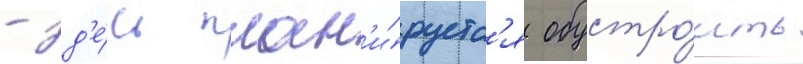
- зд'е́сь план'и́руетс'я обустро́ить